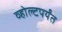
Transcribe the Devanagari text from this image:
व्होल्टपर्यंत